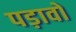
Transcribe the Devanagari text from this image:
पड़ावो